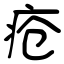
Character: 疮